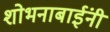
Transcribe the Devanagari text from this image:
शोभनाबाईंनी